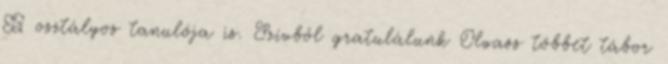
B osztályos tanulója is. Szívből gratulálunk Olvass többet tábor